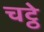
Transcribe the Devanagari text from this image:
चट्ठे